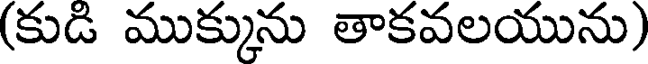
(కుడి ముక్కును తాకవలయును)